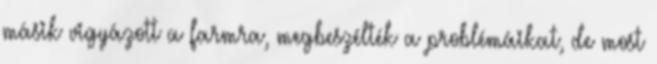
másik vigyázott a farmra, megbeszélték a problémáikat, de most